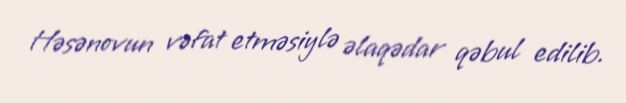
Həsənovun vəfat etməsiylə əlaqədar qəbul edilib.